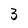
Character: 3